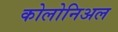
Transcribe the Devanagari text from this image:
कोलोनिअल